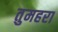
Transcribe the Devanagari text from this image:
तुमहरा